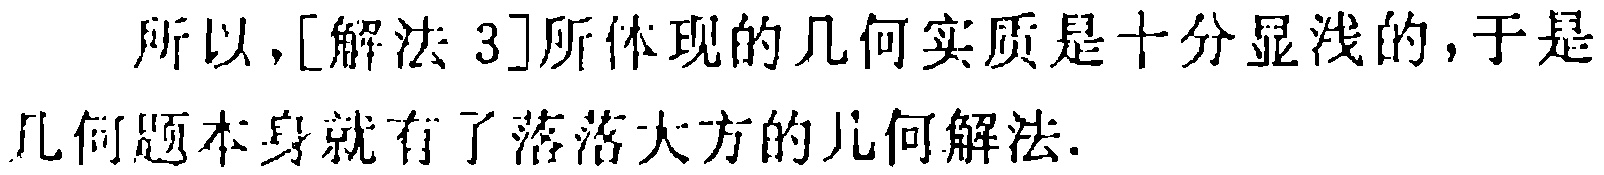
所以，[解法 3]所体现的几何实质是十分显浅的，于是几何题本身就有了落落大方的几何解法.